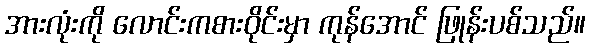
အားလုံးကို လောင်းကစားဝိုင်းမှာ ကုန်အောင် ဖြုန်းပစ်သည်။